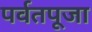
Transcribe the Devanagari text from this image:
पर्वतपूजा